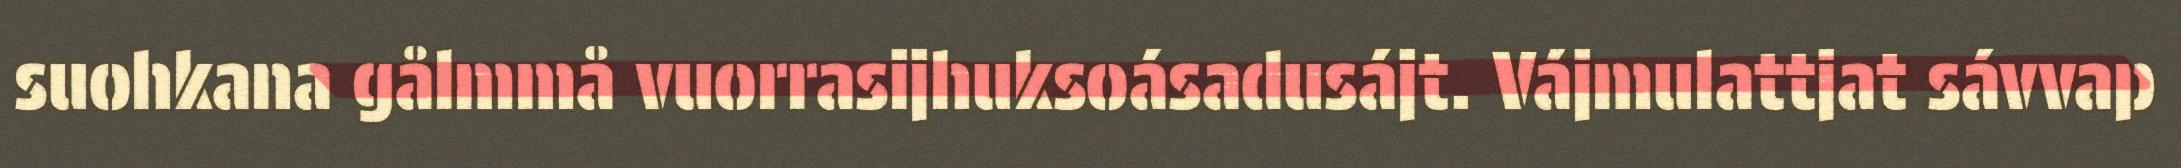
suohkana gålmmå vuorrasijhuksoásadusájt. Vájmulattjat sávvap